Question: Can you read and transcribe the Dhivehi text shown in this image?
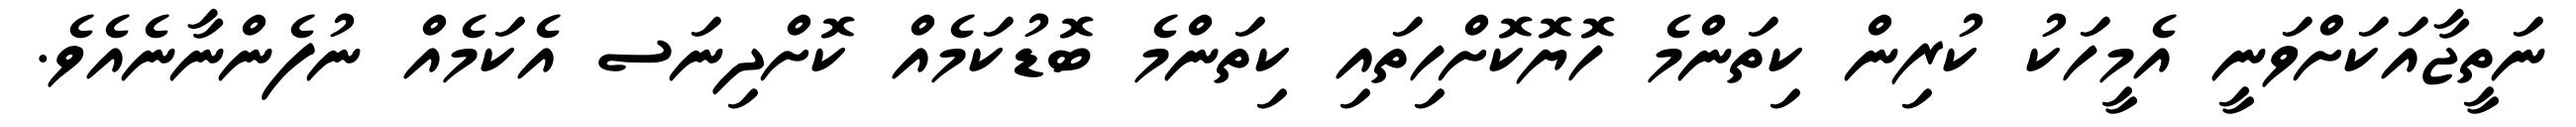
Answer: ނަތީޖާއަކަށްވަނީ އެމީހަކު ކުރިން ކިތަންމެ ހޮޔޮކޮށްހިތައި ކިތަންމެ ބޮޑުކަމެއް ކޮށްދިނަސ އެކަމެއް ނުފެންނާނެއެވެ.